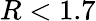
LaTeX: R<1.7